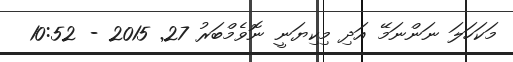
މަކަހަލަ ނަންނަމޭ އަދި މިކިޔަނީ ނޮވެމްބަރު 27